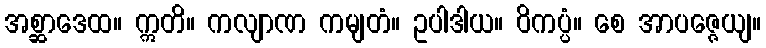
အစ္ဆာဒေထ။ ဣတိ။ ကလျာဏ ကမျတံ။ ဥပါဒါယ။ ဝိကပ္ပံ။ စေ အာပဇ္ဇေယျ။